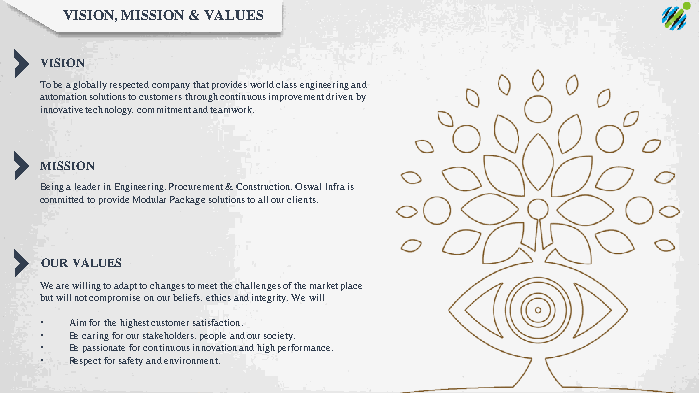
VISION, MISSION & VALUES
 VISION
 To be a globally respected company that provides world class engineering and
 automation solutions to customers through continuous improvement driven by
 innovative technology, commitment and teamwork.
 MISSION
 Being a leader in Engineering, Procurement & Construction. OswalInfra is
 committed to provide Modular Package solutions to all our clients.
 OUR VALUES
 We are willing to adapt to changes to meet the challenges of the market place
 but will not compromise on our beliefs, ethics and integrity. We will
 • Aim for the highest customer satisfaction.
 • Be caring for our stakeholders, people and our society.
 • Be passionate for continuous innovation and high performance.
 • Respect for safety and environment.